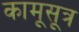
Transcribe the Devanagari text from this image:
कामूसूत्र